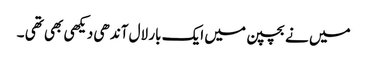
میں نے بچپن میں ایک بار لال آندھی دیکھی بھی تھی ۔